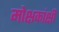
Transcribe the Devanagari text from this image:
मोक्षकांक्षी